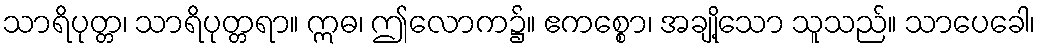
သာရိပုတ္တ၊ သာရိပုတ္တရာ။ ဣဓ၊ ဤလောက၌။ ဧကစ္စော၊ အချို့သော သူသည်။ သာပေခေါ၊